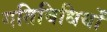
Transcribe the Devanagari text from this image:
गतिबिधियों